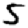
Digit: 5